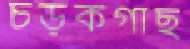
চড়কগাছ